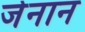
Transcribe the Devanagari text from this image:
जेनान